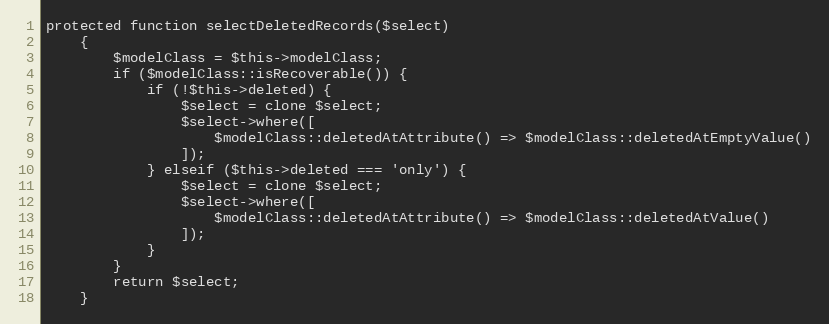
Language: PHP
protected function selectDeletedRecords($select)
    {
        $modelClass = $this->modelClass;
        if ($modelClass::isRecoverable()) {
            if (!$this->deleted) {
                $select = clone $select;
                $select->where([
                    $modelClass::deletedAtAttribute() => $modelClass::deletedAtEmptyValue()
                ]);
            } elseif ($this->deleted === 'only') {
                $select = clone $select;
                $select->where([
                    $modelClass::deletedAtAttribute() => $modelClass::deletedAtValue()
                ]);
            }
        }
        return $select;
    }